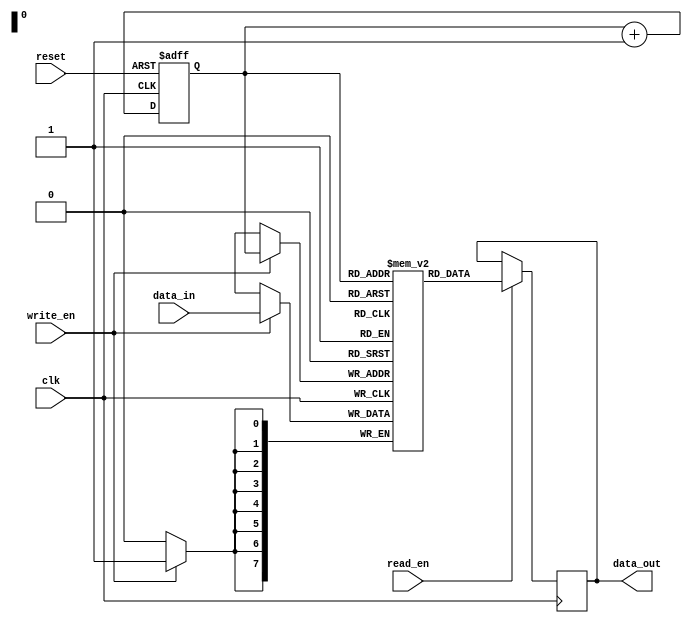
module Gray_FIFO (
  input wire clk,
  input wire reset,
  input wire write_en,
  input wire read_en,
  input wire [WIDTH-1:0] data_in,
  output reg [WIDTH-1:0] data_out
);

parameter WIDTH = 8;
parameter DEPTH = 256;

reg [WIDTH-1:0] fifo_mem [0:DEPTH-1];
reg [WIDTH-1:0] gray_addr;
reg [WIDTH-1:0] next_gray_addr;

always @(posedge clk or posedge reset) begin
  if (reset) begin
    gray_addr <= 0;
  end else begin
    gray_addr <= next_gray_addr;
  end
end

always @(*) begin
  next_gray_addr = gray_addr + 1;
end

always @(posedge clk) begin
  if (write_en) begin
    fifo_mem[gray_addr] <= data_in;
  end
  if (read_en) begin
    data_out <= fifo_mem[gray_addr];
  end
end

endmodule